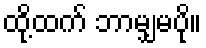
ထို့ထက် ဘာမျှမပို။